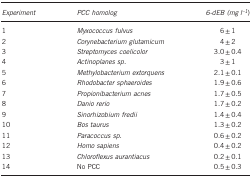
<table><thead><tr><td><b><i>Experiment</i></b></td><td><b><i>PCC homolog</i></b></td><td><b><i>6-dEB (mg</i><i> l<sup>–1</sup></i>)</b></td></tr></thead><tbody><tr><td>1</td><td><i>Myxococcus fulvus</i></td><td>6±1</td></tr><tr><td>2</td><td><i>Corynebacterium glutamicum</i></td><td>4±2</td></tr><tr><td>3</td><td><i>Streptomyces coelicolor</i></td><td>3.0±0.4</td></tr><tr><td>4</td><td><i>Actinoplanes sp.</i></td><td>3±1</td></tr><tr><td>5</td><td><i>Methylobacterium extorquens</i></td><td>2.1±0.1</td></tr><tr><td>6</td><td><i>Rhodobacter sphaeroides</i></td><td>1.9±0.6</td></tr><tr><td>7</td><td><i>Propionibacterium acnes</i></td><td>1.7±0.5</td></tr><tr><td>8</td><td><i>Danio rerio</i></td><td>1.7±0.2</td></tr><tr><td>9</td><td><i>Sinorhizobium fredii</i></td><td>1.4±0.4</td></tr><tr><td>10</td><td><i>Bos taurus</i></td><td>1.3±0.2</td></tr><tr><td>11</td><td><i>Paracoccus sp.</i></td><td>0.6±0.2</td></tr><tr><td>12</td><td><i>Homo sapiens</i></td><td>0.4±0.2</td></tr><tr><td>13</td><td><i>Chloroflexus aurantiacus</i></td><td>0.2±0.1</td></tr><tr><td>14</td><td>No PCC</td><td>0.5±0.3</td></tr></tbody></table>